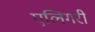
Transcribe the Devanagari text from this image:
एलिगरी